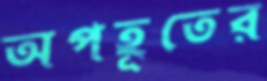
অপহূতের